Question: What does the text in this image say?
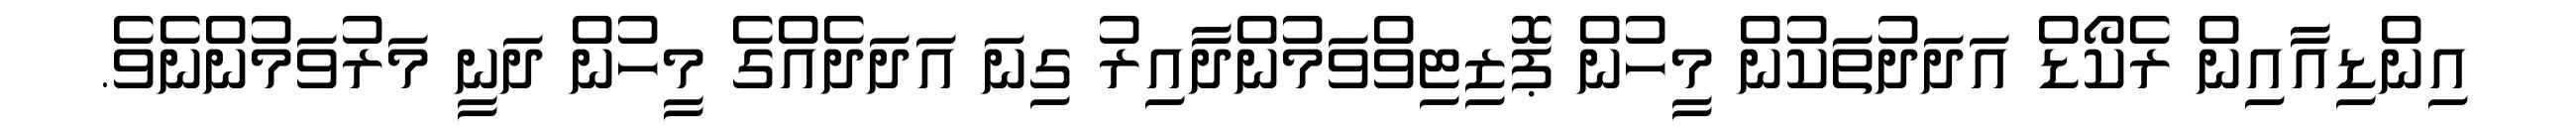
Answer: އިންޑިއާއިން ރެކޯޑް އަދަދުތަކުން މީހުން ޕޮޒިޓިވްވަމުންދާއިރު ގިނަ އަދަދެއްގެ މީހުން ދަނީ މަރުވަމުންނެވެ.